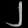
Digit: ၂